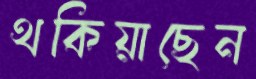
থকিয়াছেন